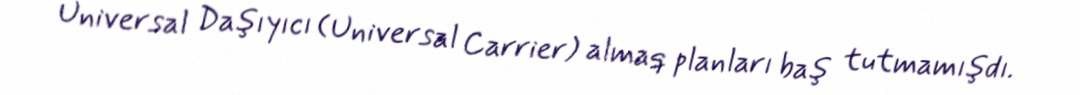
Universal Daşıyıcı (Universal Carrier) almaq planları baş tutmamışdı.